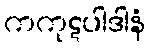
ကကုဋပါဒါနံ